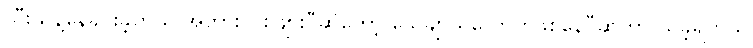
သီးသန့်နေခိုင်းခဲ့တယ် အဘွားလဲစဖျားပီဆိုတော့ သေချာသလောက်ဖစ်နေပီဆိုတာ သိခဲ့ရတယ်